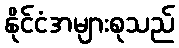
နိုင်ငံအများစုသည်